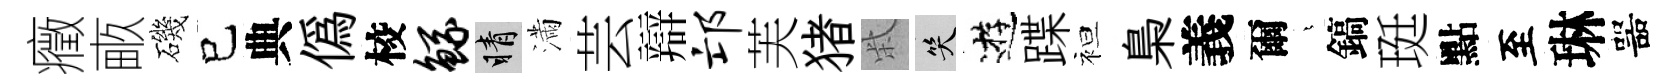
癥畞磯已典偽校鲧睛滿芸辯邙芙猪柴笑逰蹀袒梟義爾燁鎬珽點至琳噐